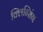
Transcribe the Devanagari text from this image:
क्लिन्सिंग